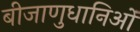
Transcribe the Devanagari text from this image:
बीजाणुधानिओं